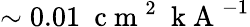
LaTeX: \sim 0.01\ \mathrm{~c~m~}^{2}\ \mathrm{~k~A~}^{-1}